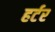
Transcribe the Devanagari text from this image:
हर्टर